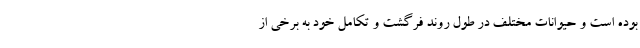
بوده است و حیوانات مختلف در طول روند فرگشت و تکامل خود به برخی از